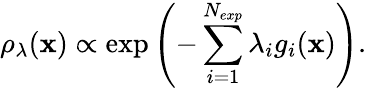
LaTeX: \rho_{\lambda}(\mathbf{x})\propto\exp\left(-\sum_{i=1}^{N_{exp}}\lambda_{i}g_{i}(\mathbf{x})\right).